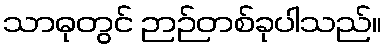
သာဓုတွင် ဉာဉ်တစ်ခုပါသည်။